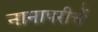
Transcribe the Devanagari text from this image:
नानापरीचें